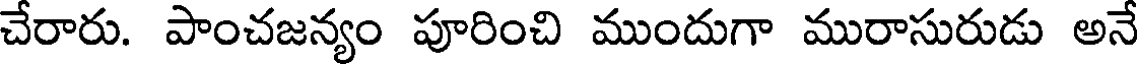
చేరారు. పాంచజన్యం పూరించి ముందుగా మురాసురుడు అనే